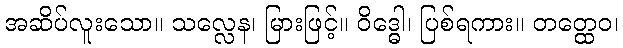
အဆိပ်လူးသော။ သလ္လေန၊ မြားဖြင့်။ ဝိဒ္ဓေါ၊ ပြစ်ရကား။ တတ္ထေဝ၊